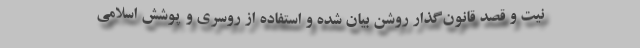
نیت و قصد قانون‌گذار روشن بیان شده و استفاده از روسری و پوشش اسلامی